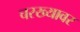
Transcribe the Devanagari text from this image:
चरख्यावर